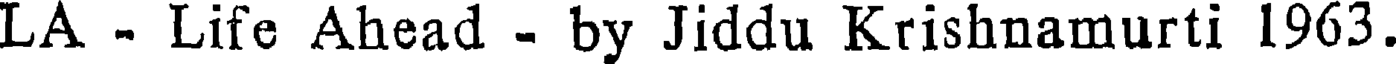
LA - Life Ahead - by Jiddu Krishnamurti 1963.